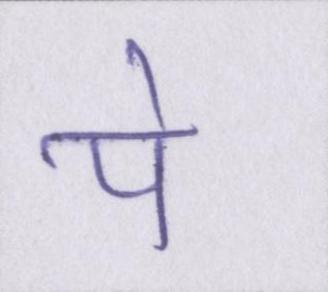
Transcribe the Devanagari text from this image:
पे